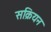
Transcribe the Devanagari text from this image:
सक्रियन